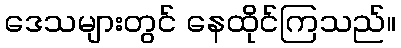
ဒေသများတွင် နေထိုင်ကြသည်။